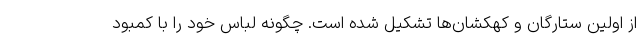
از اولین ستارگان و کهکشان‌ها تشکیل شده است. چگونه لباس خود را با کمبود